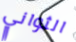
الثواني